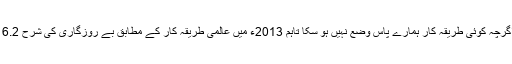
انہوں نے کہا کہ بے روزگاری کی شرح جانچنے کا اگرچہ کوئی طریقہ کار ہمارے پاس وضع نہیں ہو سکا تاہم 2013ء میں عالمی طریقہ کار کے مطابق بے روزگاری کی شرح 6.2 فیصد تھی، اب یہ کم ہو کر 5.90 فیصد پر آ گئی ہے۔